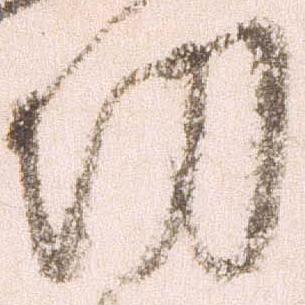
切